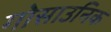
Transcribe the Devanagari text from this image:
गोसाउनिक